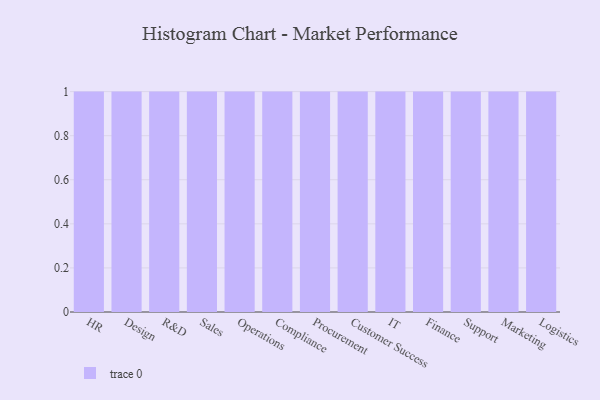
{"axis": {"x": "Department", "y": "Temperature (°C)"}, "legend": [""], "data": [{"x": "HR", "y": 40, "type": ""}, {"x": "Design", "y": 54, "type": ""}, {"x": "R&D", "y": 52, "type": ""}, {"x": "Sales", "y": 31, "type": ""}, {"x": "Operations", "y": 68, "type": ""}, {"x": "Compliance", "y": 39, "type": ""}, {"x": "Procurement", "y": 6, "type": ""}, {"x": "Customer Success", "y": 63, "type": ""}, {"x": "IT", "y": 24, "type": ""}, {"x": "Finance", "y": 98, "type": ""}, {"x": "Support", "y": 68, "type": ""}, {"x": "Marketing", "y": 67, "type": ""}, {"x": "Logistics", "y": 61, "type": ""}]}